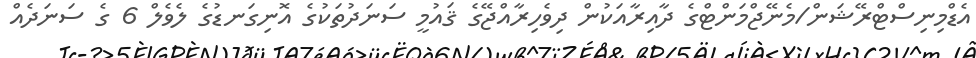
އެޑްމިނިސްޓްރޭޝަން/މެނޭޖްމަންޓްގެ ދާއިރާއަކުން ދިވެހިރާއްޖޭގެ ޤައުމީ ސަނަދުތަކުގެ އޮނިގަނޑުގެ ލެވެލް 6 ގެ ސަނަދެއް